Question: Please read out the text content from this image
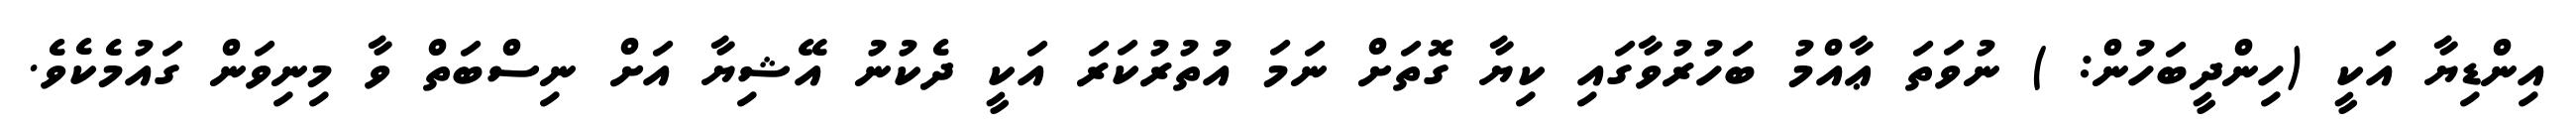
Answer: އިންޑިޔާ އަކީ (ހިންދީބަހުން: ) ނުވަތަ ޢާއްމު ބަހުރުވާގައި ކިޔާ ގޮތަށް ނަމަ އުތުރުކަރަ އަކީ ދެކުނު އޭޝިޔާ އަށް ނިސްބަތް ވާ މިނިވަން ގައުމެކެވެ.